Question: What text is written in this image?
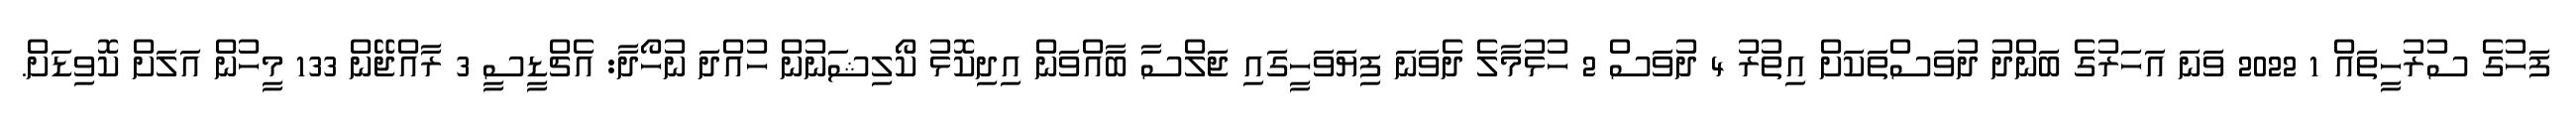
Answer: ފަހުގެ ސުރުހީތައް 1 2022 ވަނަ އަހަރުގެ ބަންދު ދުވަސްތަކަށް އިތުރު 4 ދުވަސް 2 ހުޅުމާލެ ދެވަނަ ފިޔަވަހީގައި ޖަލްސާ ބާއްވަން އިދިކޮޅު ކޯލިޝަނުން ހުއްދަ ނުހޯދާ: އެޗްޑީސީ 3 ރާއްޖޭން 133 މީހުން އަލަށް ކޮވިޑަށް.